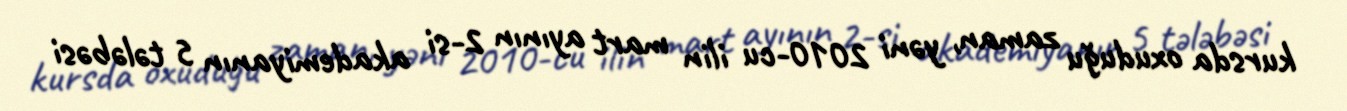
kursda oxuduğu zaman, yəni 2010-cu ilin mart ayının 2-si akademiyanın 5 tələbəsi